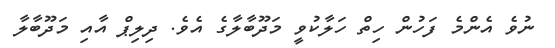
ނުވެ އެންމެ ފަހުން ހިތް ހަލާކުވީ މަދޫބާލާގެ އެވެ. ދިލިޕް އާއި މަދޫބާލާ